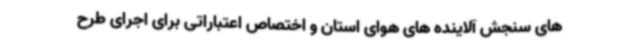
های سنجش آلاینده های هوای استان و اختصاص اعتباراتی برای اجرای طرح